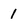
Character: 1